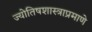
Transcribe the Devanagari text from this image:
ज्योतिषशास्त्राप्रमाणे